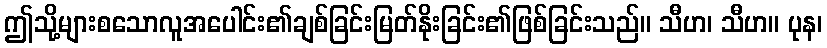
ဤသို့များစသောလူအပေါင်း၏ချစ်ခြင်းမြတ်နိုးခြင်း၏ဖြစ်ခြင်းသည်။ သီဟ၊ သီဟ။ ပုန၊